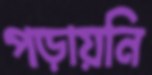
পড়ায়নি